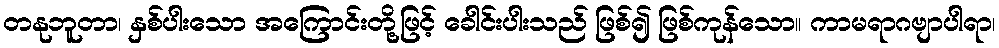
တနုဘူတာ၊ နှစ်ပါးသော အကြောင်းတို့ဖြင့် ခေါင်းပါးသည် ဖြစ်၍ ဖြစ်ကုန်သော။ ကာမရာဂဗျာပါရာ၊